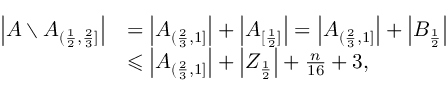
\begin{array} { r l } { \left| A \setminus A _ { ( \frac { 1 } { 2 } , \frac { 2 } { 3 } ] } \right| } & { = \left| A _ { ( \frac { 2 } { 3 } , 1 ] } \right| + \left| A _ { [ \frac { 1 } { 2 } ] } \right| = \left| A _ { ( \frac { 2 } { 3 } , 1 ] } \right| + \left| B _ { \frac { 1 } { 2 } } \right| } \\ & { \leqslant \left| A _ { ( \frac { 2 } { 3 } , 1 ] } \right| + \left| Z _ { \frac { 1 } { 2 } } \right| + \frac { n } { 1 6 } + 3 , } \end{array}